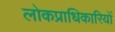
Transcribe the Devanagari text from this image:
लोकप्राधिकारियों